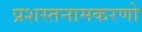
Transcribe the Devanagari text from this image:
प्रशस्तनामकरणो